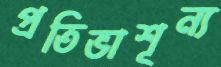
প্রতিভাশূন্য